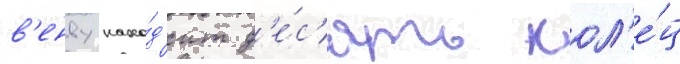
в'енву нахо́д'ит д'е́с'ять кол'е́ц